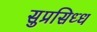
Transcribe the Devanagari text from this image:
सुप्रसिध्‍ध